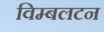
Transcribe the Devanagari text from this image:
विम्‍बलटन